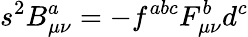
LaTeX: s^{2}B_{\mu\nu}^{a}=-f^{abc}F_{\mu\nu}^{b}d^{c}